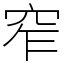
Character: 窄